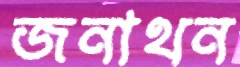
জনাথন